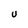
Character: U